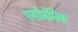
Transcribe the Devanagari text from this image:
एर्गोजेनिक